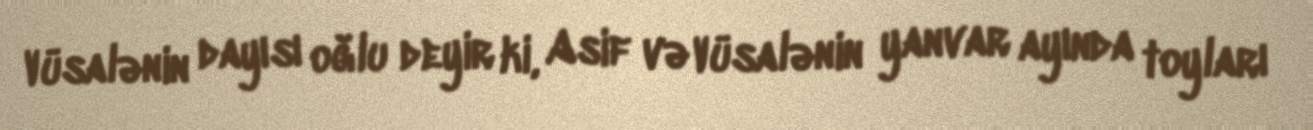
Vüsalənin dayısı oğlu deyir ki, Asif və Vüsalənin yanvar ayında toyları